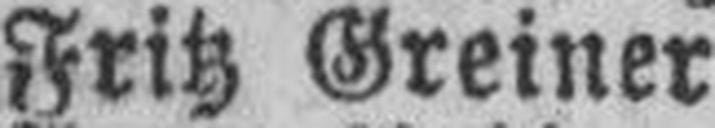
Fritz Greiner